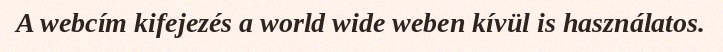
A webcím kifejezés a world wide weben kívül is használatos.